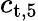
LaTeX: c_{\textup{t,5}}